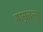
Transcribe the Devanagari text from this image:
मासुतत्सु